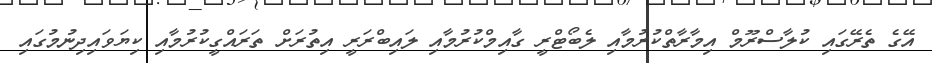
އޭގެ ތެރޭގައި ކުލާސްރޫމް އިމާރާތްކުރުމާއި ލެބޯޓްރީ ގާއިމްކުރުމާއި ލައިބްރަރީ އިތުރަށް ތަރައްގީކުރުމާއި ކިޔަވައިދިނުމުގައި